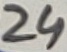
Text: 24